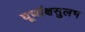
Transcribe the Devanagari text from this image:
घूर्णाक्षसुलभ